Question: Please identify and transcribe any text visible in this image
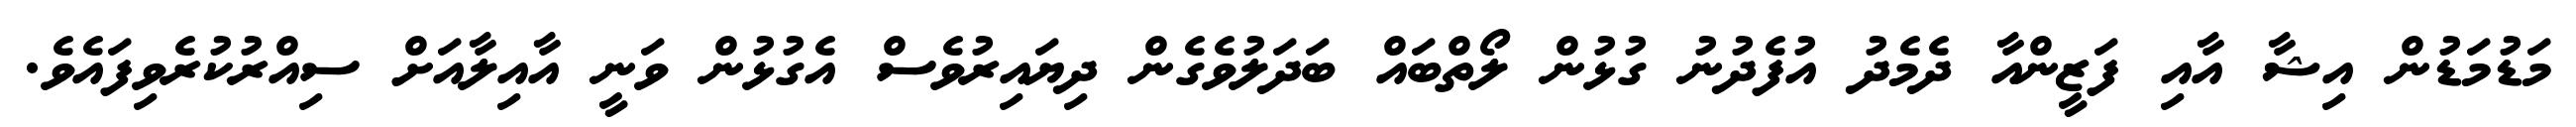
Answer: މަޑުމަޑުން އިޝާ އާއި ފަޒީންއާ ދެމެދު އުފެދުނު ގުޅުން ލޯތްބައް ބަދަލުވެގެން ދިޔައިރުވެސް އެގުޅުން ވަނީ އާއިލާއަށް ސިއްރުކުރެވިފައެވެ.